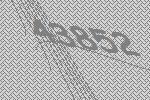
43852